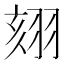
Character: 𦐤